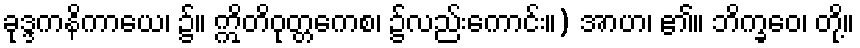
ခုဒ္ဒကနိကာယေ၊ ၌။ ဣိတိဝုတ္တကေစ၊ ၌လည်းကောင်း။) အာဟ၊ ၏။ ဘိက္ခဝေ၊ တို့။